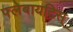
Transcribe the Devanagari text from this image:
फ्लेबायटिस्